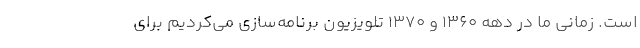
است. زمانی ما در دهه 1360 و 1370 تلویزیون برنامه‌سازی می‌کردیم برای